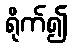
ရိုက်၍